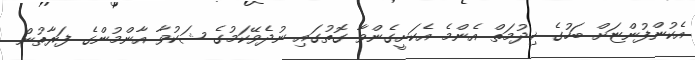
އެކުންފުންޏަށް ބަހުގެ ޚިދުމަތް އެންމެ އެކަށީގެންވާ ގޮތުގައި ނުދެވޭކަމުގެ ޝަކުވާ އާންމުންގެ ފަރާތުން